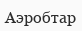
Аэробтар